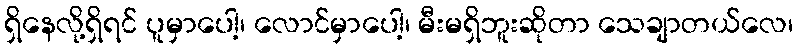
ရှိနေလို့ရှိရင် ပူမှာပေါ့၊ လောင်မှာပေါ့၊ မီးမရှိဘူးဆိုတာ သေချာတယ်လေ၊